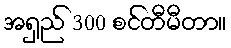
အရှည် 300 စင်တီမီတာ။